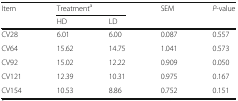
| <ROWSPAN=2> Item | <COLSPAN=2> Treatmenta | <ROWSPAN=2> SEM | <ROWSPAN=2> P-value |
 | HD | LD |
 | --- | --- | --- | --- | --- |
 | CV28 | 6.01 | 6.00 | 0.087 | 0.557 |
 | CV64 | 15.62 | 14.75 | 1.041 | 0.573 |
 | CV92 | 15.02 | 12.22 | 0.909 | 0.050 |
 | CV121 | 12.39 | 10.31 | 0.975 | 0.167 |
 | CV154 | 10.53 | 8.86 | 0.752 | 0.151 |